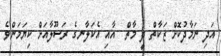
އަދި ނަމާދުކޮށް ޒަކާތް ދީ މާތް  އާއި އެކަލާނގެ ރަސޫލާއަށް ކިޔަމަންވެ